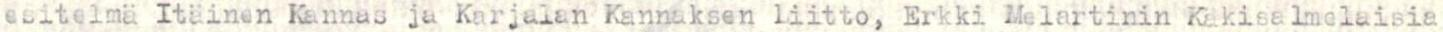
esitelmä Itäinen Kannas ja Karjalan Kannaksen liitto, Erkki Melartinin Käkisalmelaisia